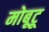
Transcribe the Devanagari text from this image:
मोबूटू